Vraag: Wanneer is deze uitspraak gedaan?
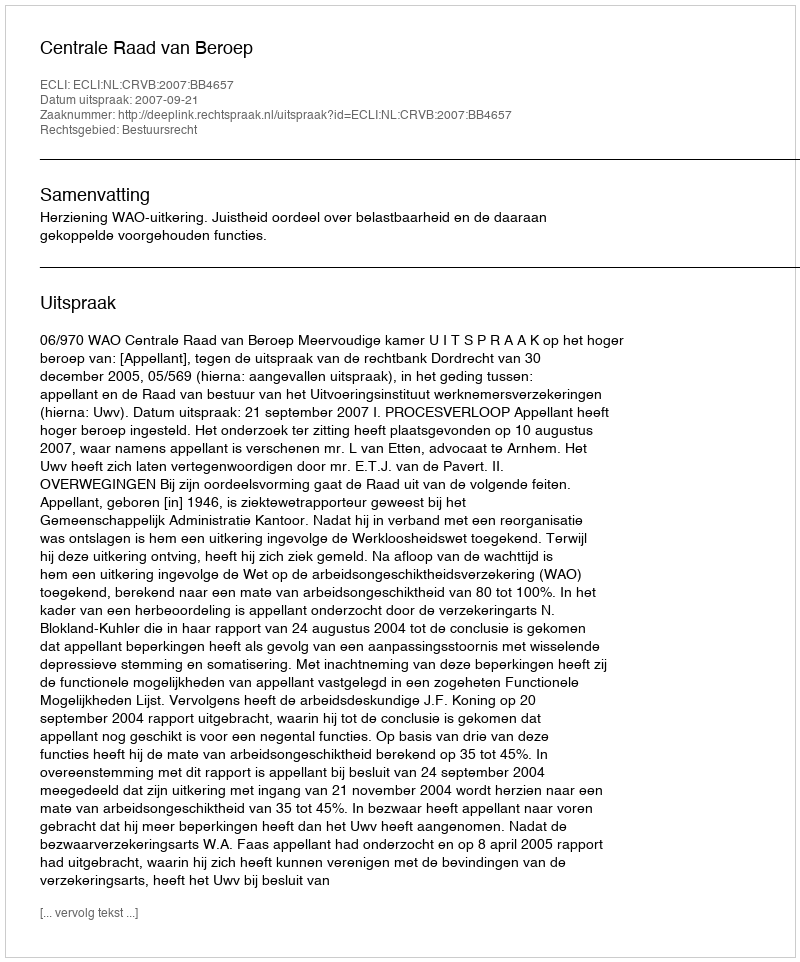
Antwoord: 2007-09-21